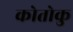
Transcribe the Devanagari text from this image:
कोतोकु